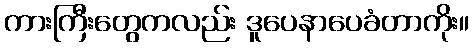
ကားကြီးတွေကလည်း ဒူပေနာပေခံတာကိုး။